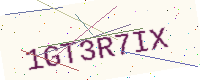
Text: 1GT3R7IX